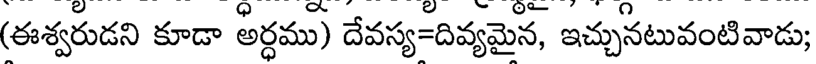
(ఈశ్వరుడని కూడా అర్ధము) దేవస్య=దివ్యమైన, ఇచ్చునటువంటివాడు;